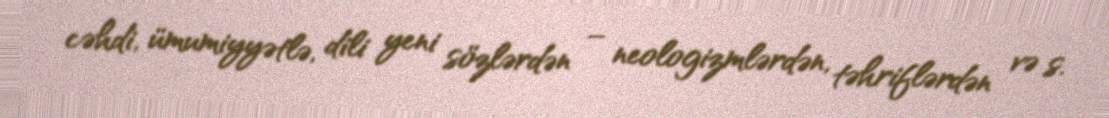
cəhdi, ümumiyyətlə, dili yeni sözlərdən – neologizmlərdən, təhriflərdən və s.